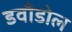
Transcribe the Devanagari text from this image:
डवाँडोल